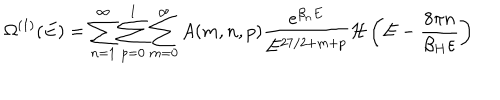
\Omega ^ { ( 1 ) } ( E ) = \sum _ { n = 1 } ^ { \infty } \sum _ { p = 0 } ^ { 1 } \sum _ { m = 0 } ^ { \infty } A ( m , n , p ) \frac { e ^ { \beta _ { n } E } } { E ^ { 2 7 / 2 + m + p } } { \cal H } \left( E - \frac { 8 \pi n } { \beta _ { H } \varepsilon } \right)